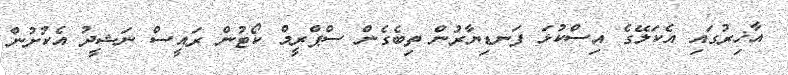
އާޚިރުގައި އެކަލޭގެ އިސްކުޅަ ފަނޑިޔާރުން ތިބެގެން ސްޕްރީމް ކޯޓުން ރައީސް ނަޝީދު އެކުށުން